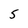
Character: 5